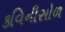
કવિનીસોળ